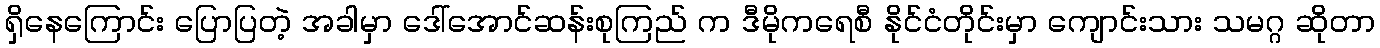
ရှိနေကြောင်း ပြောပြတဲ့ အခါမှာ ဒေါ်အောင်ဆန်းစုကြည် က ဒီမိုကရေစီ နိုင်ငံတိုင်းမှာ ကျောင်းသား သမဂ္ဂ ဆိုတာ